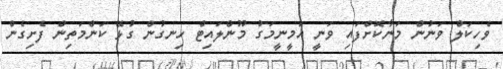
ވެހިކަލް ވަނުން މަނާކޮށްފައި ވަނީ އަމީނީމަގު މޫންލައިޓް ހިނގުން ގުޅޭ ކަންމަތިން ފެށިގެން